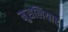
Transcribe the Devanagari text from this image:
मुसलियार